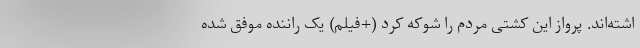
اشته‌اند. پرواز این کشتی مردم را شوکه کرد (+فیلم) یک راننده موفق شده